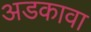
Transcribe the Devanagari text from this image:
अडकावा